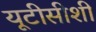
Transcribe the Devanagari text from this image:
यूटीसीशी